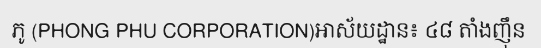
ភូ (PHONG PHU CORPORATION)អាស័យដ្ឋាន៖ ៤៨ តាំងញ៉ឹន